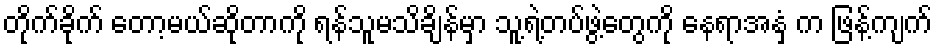
တိုက်ခိုက် တော့မယ်ဆိုတာကို ရန်သူမသိချိန်မှာ သူ့ရဲ့တပ်ဖွဲ့တွေကို နေရာအနှံ့ က ဖြန့်ကျက်